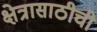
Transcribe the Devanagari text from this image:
क्षेत्रासाठीची